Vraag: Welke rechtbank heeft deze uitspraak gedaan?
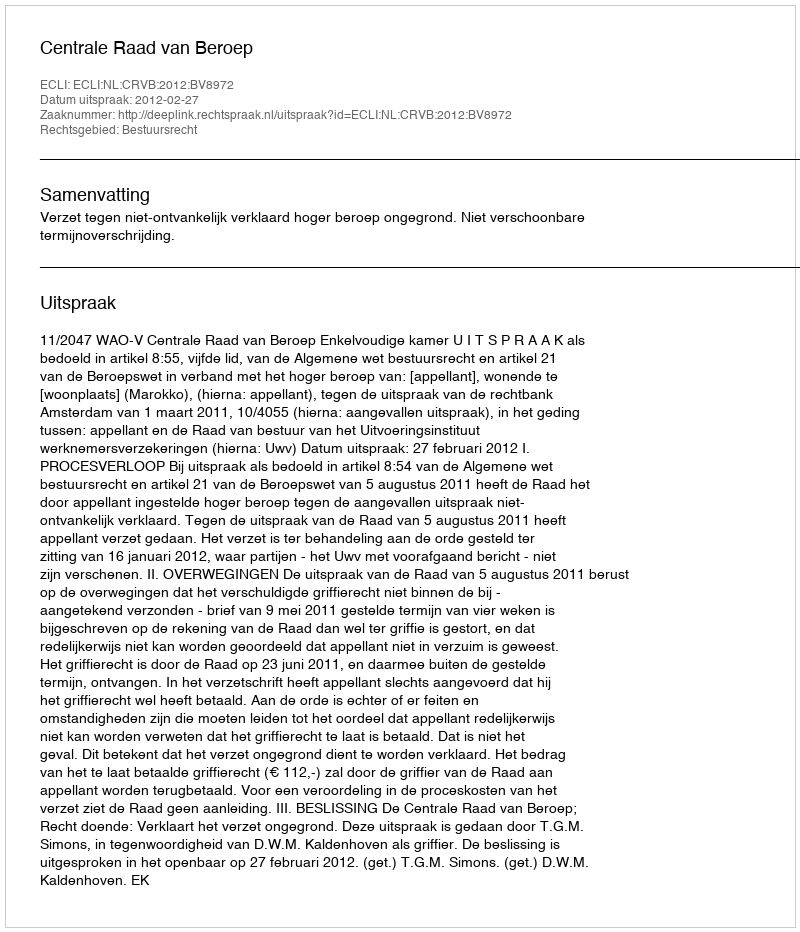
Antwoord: Centrale Raad van Beroep